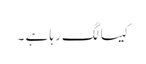
کیسا لگ رہا ہے ۔